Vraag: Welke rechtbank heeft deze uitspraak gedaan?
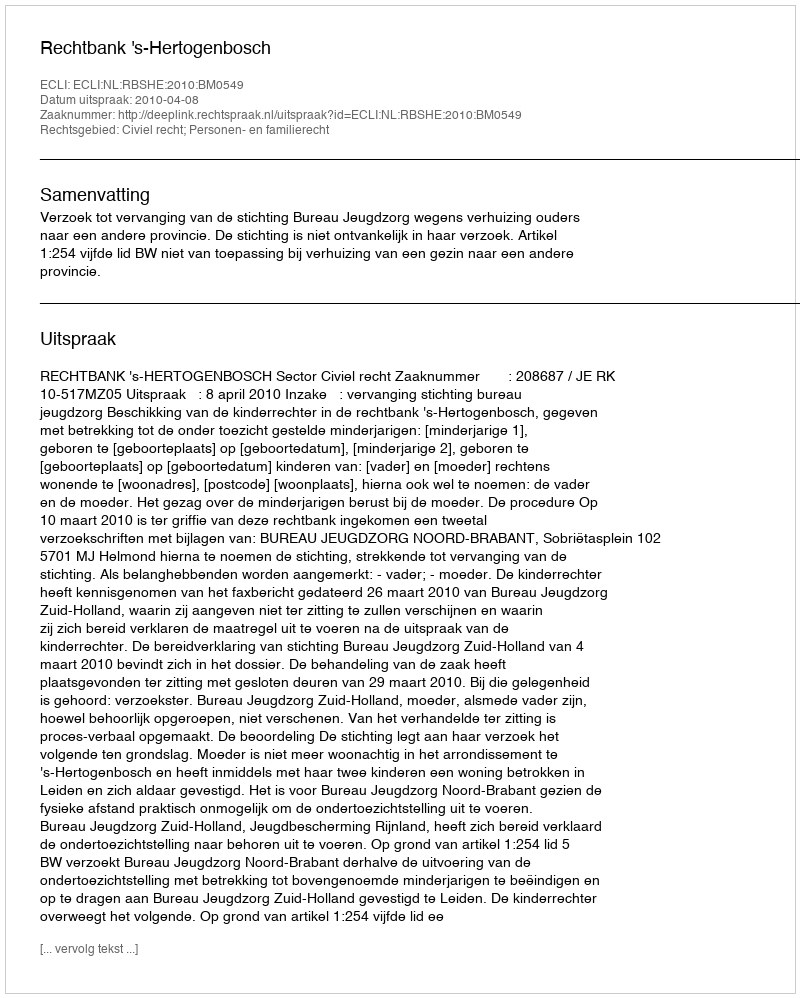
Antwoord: Rechtbank 's-Hertogenbosch